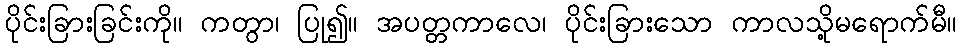
ပိုင်းခြားခြင်းကို။ ကတွာ၊ ပြု၍။ အပတ္တကာလေ၊ ပိုင်းခြားသော ကာလသို့မရောက်မီ။